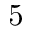
5